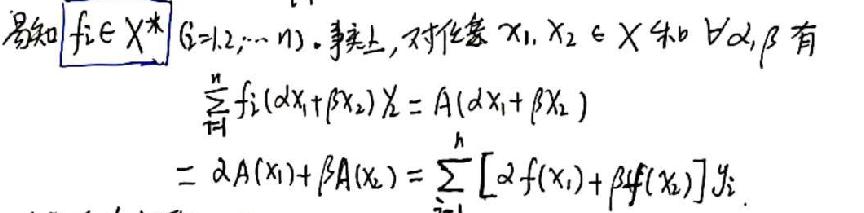
易知 $f_i\in X^*$ ($i = 1,2,\cdots,n$). 事实上, 对任意 $x_1,x_2\in X$ 和 $\forall\alpha,\beta$ 有
\begin{align*}
\sum_{i = 1}^{n}f_i(\alpha x_1+\beta x_2)&=A(\alpha x_1+\beta x_2)\\
&=\alpha A(x_1)+\beta A(x_2)=\sum_{i = 1}^{n}[\alpha f(x_1)+\beta f(x_2)]y_i
\end{align*}